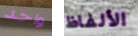
واحد الألفاظ